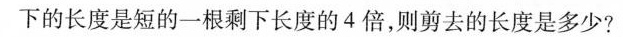
下长度是短的一根剩下长度的4倍，则剪去的长度是多少?